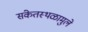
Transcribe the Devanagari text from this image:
संकेतस्थळामुले